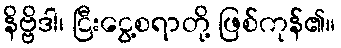
နိဗ္ဗိဒါ၊ ငြီးငွေ့စရာတို့ ဖြစ်ကုန်၏။